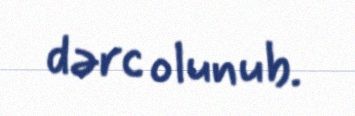
dərc olunub.